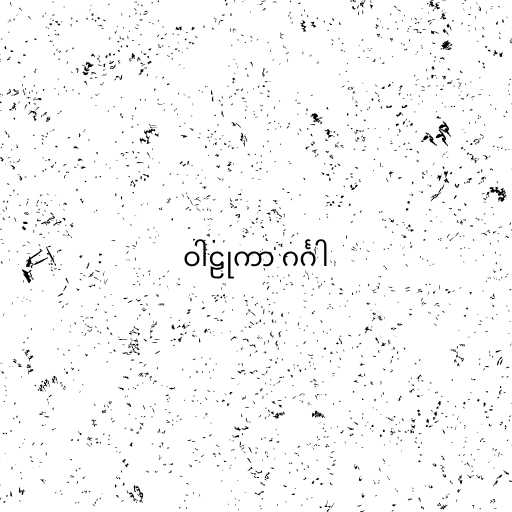
ဝါဠုကာ ဂင်္ဂါ